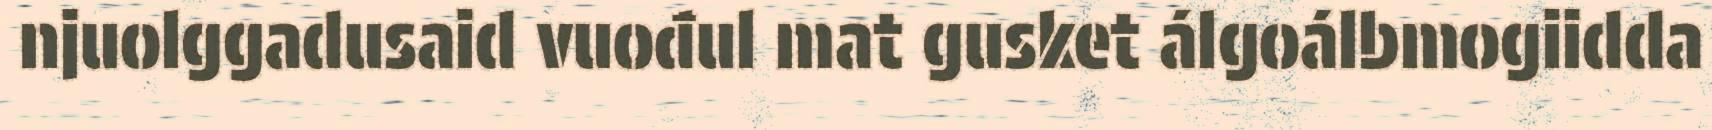
njuolggadusaid vuođul mat gusket álgoálbmogiidda